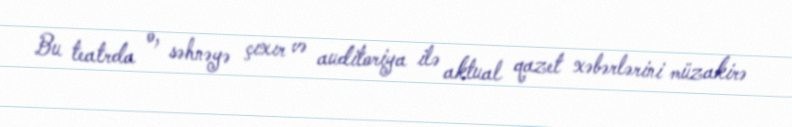
Bu teatrda o, səhnəyə çıxır və auditoriya ilə aktual qazet xəbərlərini müzakirə